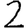
Digit: 2